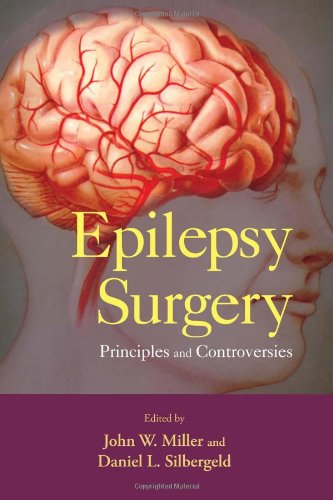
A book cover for Epilepsy Surgery: Principles and Controversies (Neurological Disease and Therapy); Health, Fitness & Dieting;